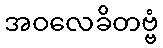
အဝလေခိတဗ္ဗံ